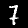
Digit: 7